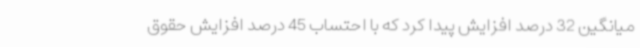
میانگین 32 درصد افزایش پیدا کرد که با احتساب 45 درصد افزایش حقوق